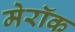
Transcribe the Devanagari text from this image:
मेरॉक